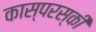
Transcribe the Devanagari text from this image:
कास्परस्की